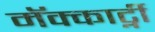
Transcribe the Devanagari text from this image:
मॅक्कार्ट्नी